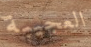
العجيبة